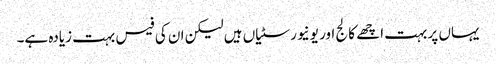
یہاں پر بہت اچھے کالج اور یونیورسٹیاں ہیں لیکن ان کی فیس بہت زیادہ ہے۔